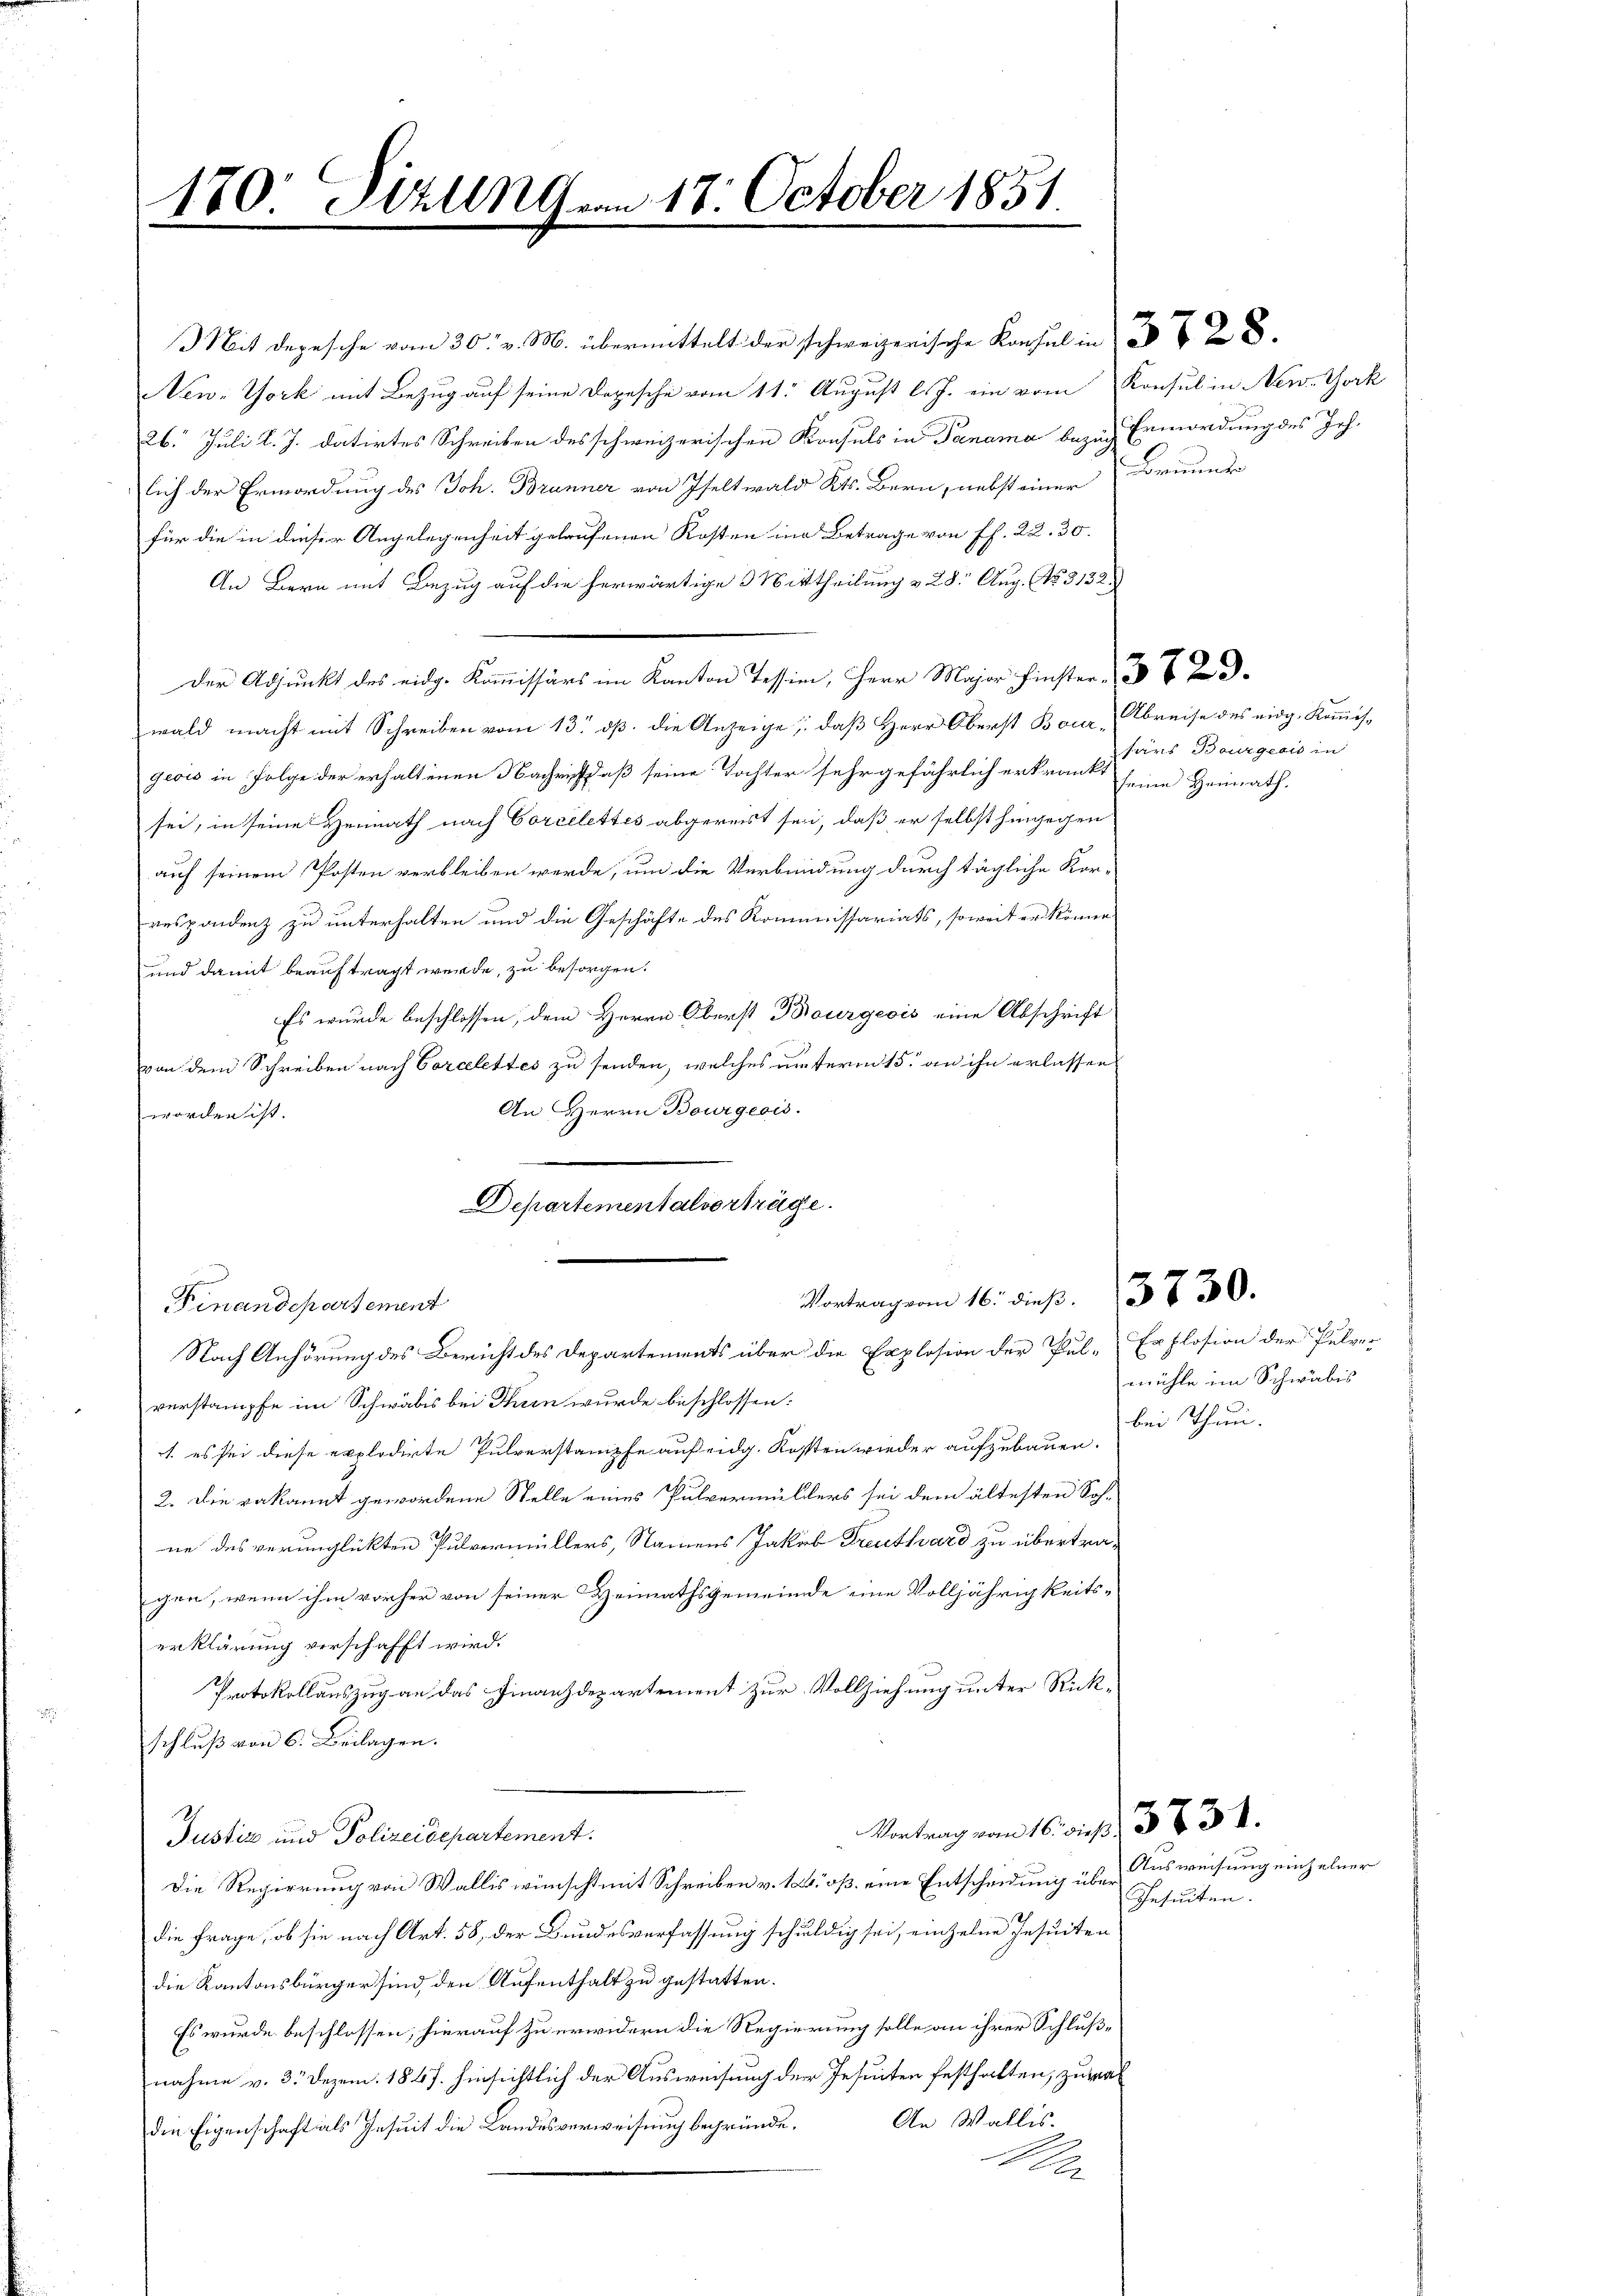
170. Sizung am 17. October 1851.

26. Juli l. J. datirtes Schreiben des schweizerischen Konsuls in Panama bezug Ermordung des Joh.
lich der Ermordung des Joh. Brunner von Iseltwald Kts. Bern, nebst einer Former
für die in dieser Angelegenheit gelaufenen Kosten in Betrage von ff. 22. 30.
An Bern mit Bezug auf die herwärtige 3 Mittheilung v. 28. Aug. No 3132.
Der Adjunkt des eidg. Kommissärs im Kanton Tession, Herr Major Finster
wald macht mit Schreiben vom 13. dß. die Anzeige, daß Herr Oberst Bour, Abreise des eidg. Kommisgeois in Folge der erhaltenen Nachricht daß seine Tochter sehr gefährlich erkrankt
sei, in seine Heimath nach Corcelettes abgereist sei, daß er selbst hingegen
auf seinem Posten verbleiben werde, um die Verbrindung durch tägliche Kor-
respondenz zu unterhalten und die Geschäfte des Kommissariats, soweit er könne
und damit beauftragt werde, zu besorgen.
Es wurde beschlossen, dem Herrn Oberst Bourgeois eine Abschrift
von dem Schreiben nach Corcelettes zu senden, welches unterm 15. an ihn erlassen
An Herrn Bourgeois.
worden ist.
Finandepartement
Nach Anhörung des Bericht des Departements über die Explosion der Pul-Explosion der Pulver
verstampfe im Schwäbis bei Thun wurde beschlossen:
1. es sei diese explodirte Pulverstampfe auf eidg. Kosten wieder aufzubauen.
2. Die Bekannt gewordene Stelle eines Pulvermüllers sei dem ältesten Soh-
ne des verunglückten Pulvermüllers, Namens Jakob Treuethard zu übertra-
gen, wenn ihm vorher von seiner Heimathsgemeinde eine Volljährigkeits-
erklärung verschafft wird.
Protokollauszug an das Finanzdepartement zur Vollziehung unter Rückschluß von 6. Beilagen.
Vortrag vom 16. dieß, 38. 34.
Justiz und Polizeidepartement.
Die Regierung von Wallis wünscht mit Schreiben v. 14. o. eine Entscheidung über ausweisung einzelner
die Frage, ob sie nach Art. 58, der Bundesverfassung schuldig sei, einzelne Insuiten
die Kantonsbürger sind, den Aufenthalt zu gestatten.
Es wurde beschlossen, hierauf zu erwidern die Regierung solle an ihrer Schlußnahme v. 3. Dezem. 1847. hinsichtlich der Ausweisung der Jesuiten festhalten, zuwal
die Eigenschaft als Jesuit die Landesverweisung begründe. An Wallis-
M

Departementalvorträge.
Vortragenen 16. dieβ. 37 30.

Mit depesche vom 30. v. M. übermittelt der schweizerische Konsul in
New-York mit Bezug auf seine Depesche vom 11. August l. J. ein vom Konsul in New-York

tars Bourgeois in
seine Heimath.

mühle im Schwäbis
bei Thun.

esecken.